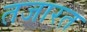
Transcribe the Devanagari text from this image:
तजारत